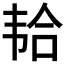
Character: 𱂆